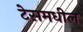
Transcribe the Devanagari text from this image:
टेसमधील